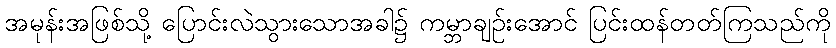
အမုန်းအဖြစ်သို့ ပြောင်းလဲသွားသောအခါ၌ ကမ္ဘာချဉ်းအောင် ပြင်းထန်တတ်ကြသည်ကို